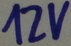
Text: 12V